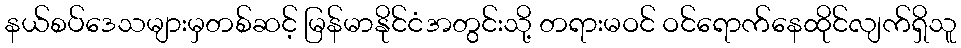
နယ်စပ်ဒေသများမှတစ်ဆင့် မြန်မာနိုင်ငံအတွင်းသို့ တရားမဝင် ဝင်ရောက်နေထိုင်လျက်ရှိသူ